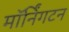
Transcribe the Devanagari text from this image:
मॉर्निंगटन